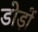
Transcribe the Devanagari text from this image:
डोड़ों